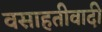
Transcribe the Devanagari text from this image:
वसाहतीवादी